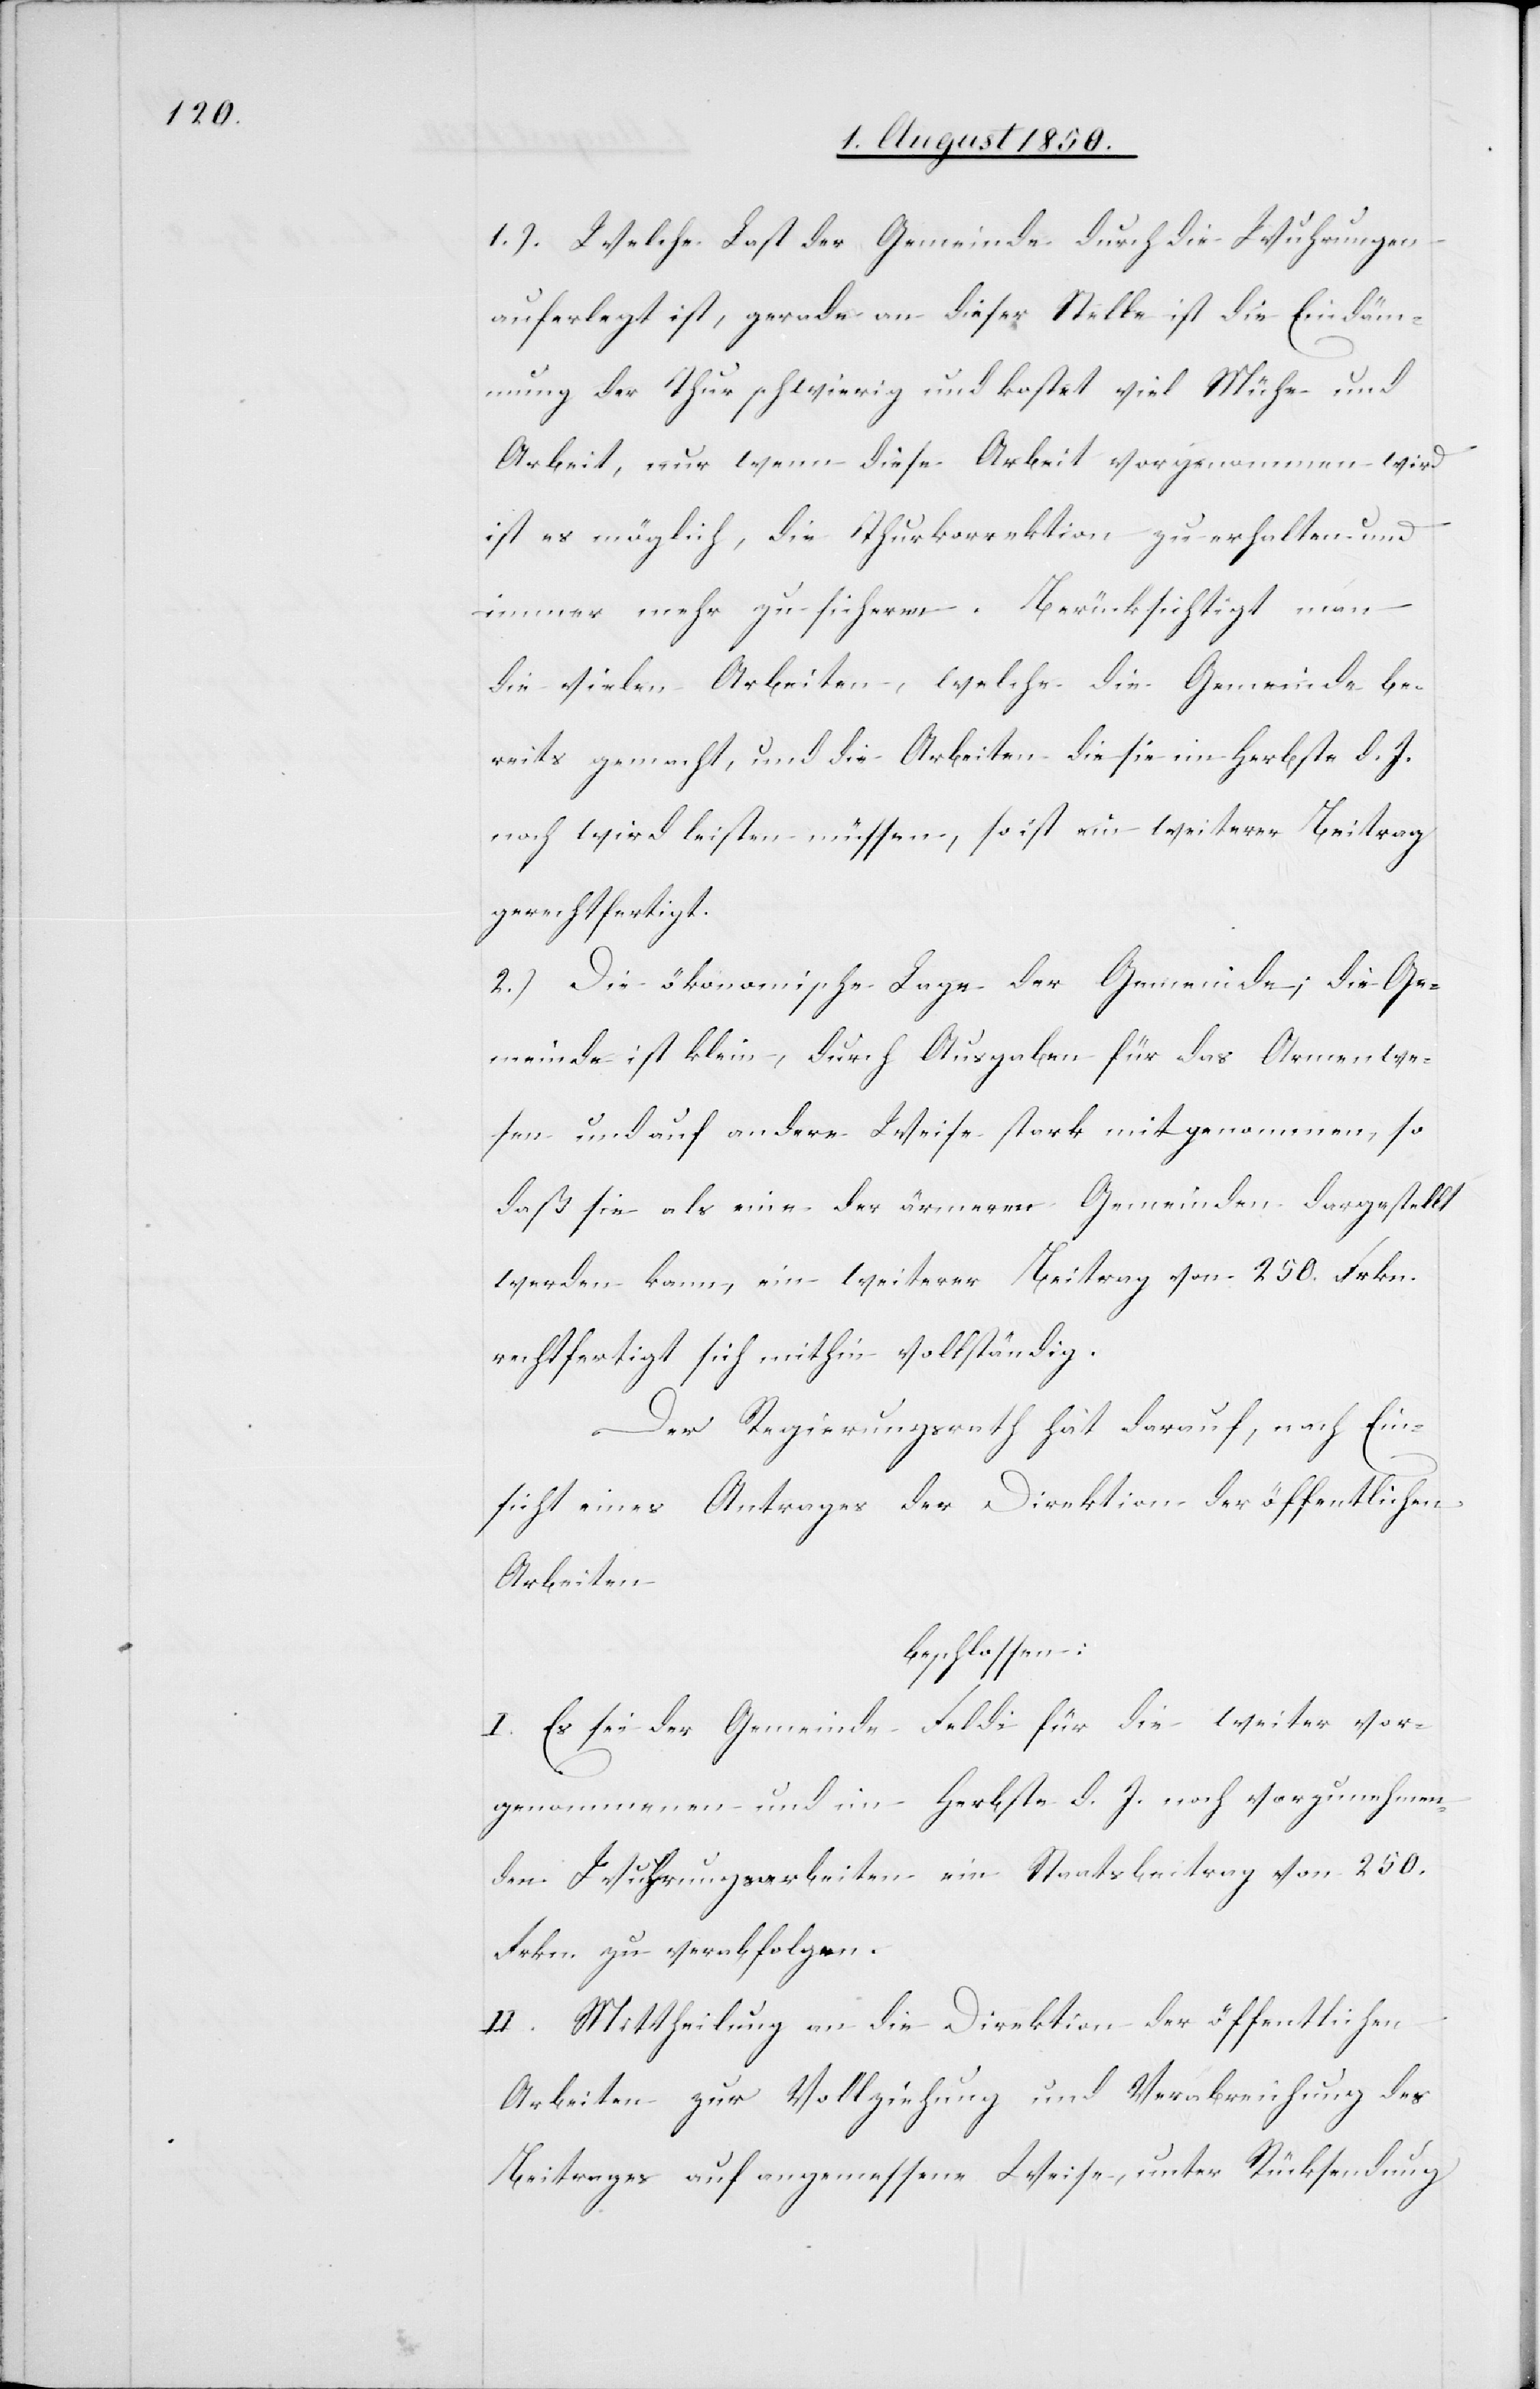
1.) Welche Last der Gemeinde durch die Wuhrungen
auferlegt ist, gerade an dieser Stelle ist die Eindäm¬
mung der Thur schwierig und kostet viel Mühe und
Arbeit, nur wenn diese Arbeit vorgenommen wird
ist es möglich, die Thurkorrektion zu erhalten und
immer mehr zu sicheren. Berücksichtigt man
die vielen Arbeiten, welche die Gemeinde be¬
reits gemacht, und die Arbeiten die sie im Herbste d. J.
noch wird leisten müssen, so ist ein weiterer Beitrag
gerechtfertigt.
2.) Die ökonomische Lage der Gemeinde; die Ge¬
meinde ist klein, durch Ausgaben für das Armenwe¬
sen und auf andere Weise stark mitgenommen, so
daß sie als eine der ärmeren Gemeinden dargestellt
werden kann, ein weiterer Beitrag von 250. Frkn.
rechtfertigt sich mithin vollständig.
Der Regierungsrath hat darauf, nach Ein¬
sicht eines Antrages der Direktion der öffentlichen
Arbeiten
beschlossen:
I. Es sei der Gemeinde Feldi für die weiter vor¬
genommenen und im Herbste d. J. noch vorzunehmen¬
den Wuhrungsarbeiten ein Staatsbeitrag von 250.
Frkn. zu verabfolgen.
II. Mittheilung an die Direktion der öffentlichen
Arbeiten zur Vollziehung und Verabreichung des
Beitrages auf angemessene Weise, unter Rücksendung